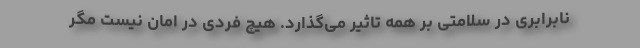
نابرابری در سلامتی بر همه تاثیر می‌گذارد. هیچ فردی در امان نیست مگر